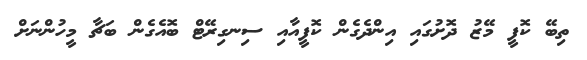
ތިބޭ ކޮފީ މޭޒު ދޮށުގައި އިންދެގެން ކޮފީއާއި ސިނގިރޭޓް ބޮއެގެން ބަޗާ މީހުންނަށް